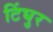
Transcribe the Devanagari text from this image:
टिंघुर